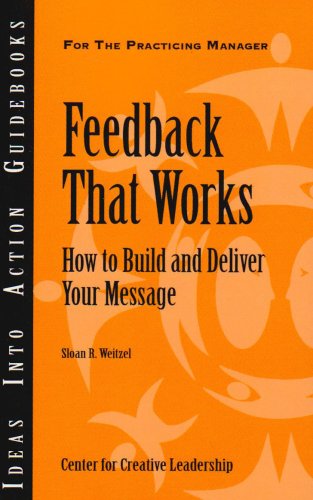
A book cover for Feedback That Works: How to Build and Deliver Your Message (Ideas Into Action Guidebooks); Sloan R. Weitzel; Business & Money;